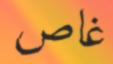
غاص